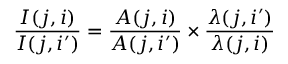
\frac { I ( j , i ) } { I ( j , i ^ { \prime } ) } = \frac { A ( j , i ) } { A ( j , i ^ { \prime } ) } \times \frac { \lambda ( j , i ^ { \prime } ) } { \lambda ( j , i ) }